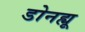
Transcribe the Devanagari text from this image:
डोनह्यू